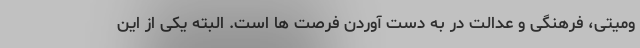
ومیتی، فرهنگی و عدالت در به دست آوردن فرصت ها است. البته یکی از این